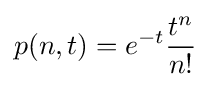
p(n,t)=e^{-t}{\frac {t^{n}}{n!}}